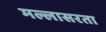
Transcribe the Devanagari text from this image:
मल्लासरता